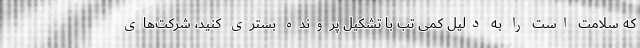
که سلامت است را به دلیل کمی تب با تشکیل پرونده بستری کنید، شرکت‌های